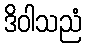
ဒိဝါသညံ